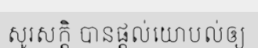
សូរសក្តិ បានផ្តល់យោបល់ឲ្យ